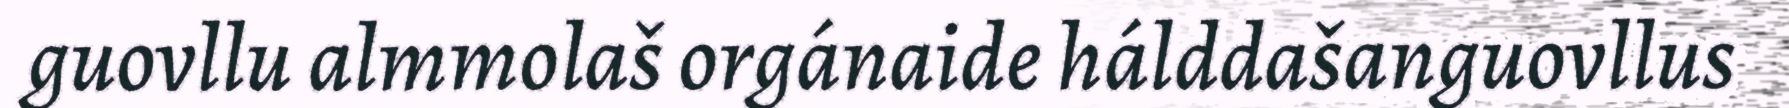
guovllu almmolaš orgánaide hálddašanguovllus